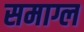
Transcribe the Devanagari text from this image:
समाग्ल